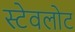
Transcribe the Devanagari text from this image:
स्टेवलोट